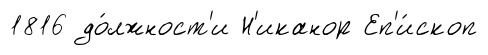
1816 до́лжност'и Н'иканор Еп'и́скоп